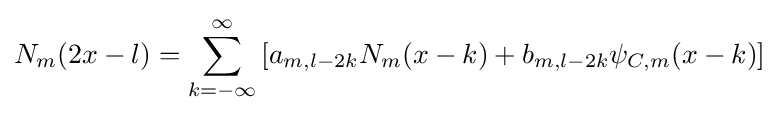
N_{m}(2x-l)=\sum _{k=-\infty }^{\infty }\left[a_{m,l-2k}N_{m}(x-k)+b_{m,l-2k}\psi _{C,m}(x-k)\right]